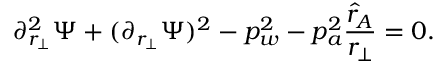
\partial _ { r _ { \perp } } ^ { 2 } \Psi + ( \partial _ { r _ { \perp } } \Psi ) ^ { 2 } - p _ { w } ^ { 2 } - p _ { a } ^ { 2 } { \frac { \hat { r } _ { A } } { r _ { \perp } } } = 0 .